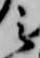
之